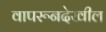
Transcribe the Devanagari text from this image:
वापरूनदेखील